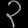
Digit: ၃